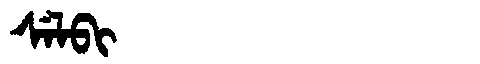
Manchu: ᠰᡝᠯᠪᡳ
Romanization: SELBI